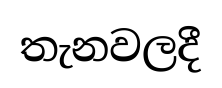
තැනවලදී